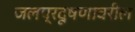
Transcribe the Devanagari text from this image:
जलप्रदूषणावरील